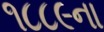
૧૮૮૯ના